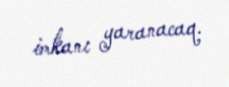
imkanı yaranacaq.